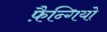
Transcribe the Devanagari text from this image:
फ़ैन्गियो